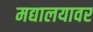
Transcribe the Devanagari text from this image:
मद्यालयावर